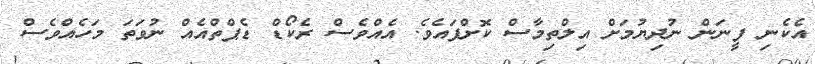
އެކެނި ފީނަން ނުދިޔުމަށް އިލްތިމާސް ކޮށްފައެވެ. އެއްވެސް ރެކޯޑް ޑެޕްތްއެއް ނުވަތަ މަހެއްވެސް